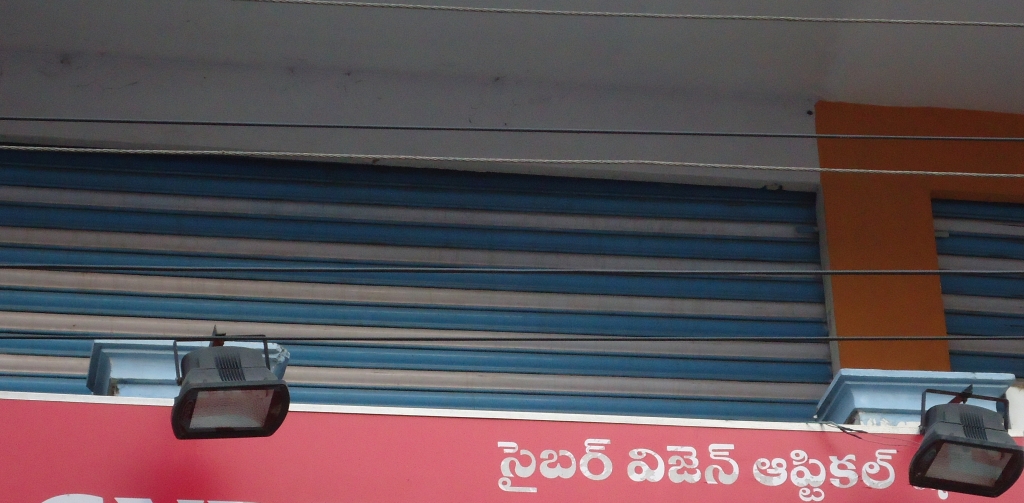
Language: telugu
Transcription: సైబర్ విజెన్